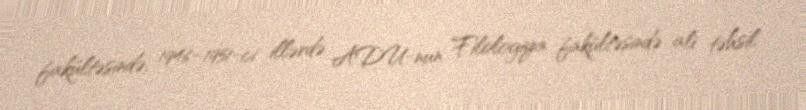
fakültəsində, 1946–1951-ci illərdə ADU-nun Filologiya fakültəsində ali təhsil